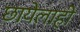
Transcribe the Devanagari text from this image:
छायेलाही